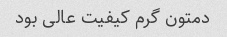
دمتون گرم کیفیت عالی بود